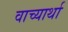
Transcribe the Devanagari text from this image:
वाच्यार्था